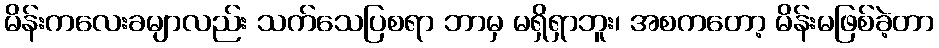
မိန်းကလေးခမျာလည်း သက်သေပြစရာ ဘာမှ မရှိရှာဘူး၊ အစကတော့ မိန်းမဖြစ်ခဲ့တာ